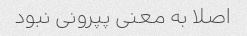
اصلا به معنی پپرونی نبود